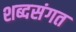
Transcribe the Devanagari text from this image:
शब्दसंगत